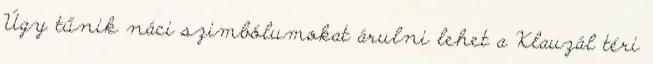
Úgy tűnik náci szimbólumokat árulni lehet a Klauzál téri